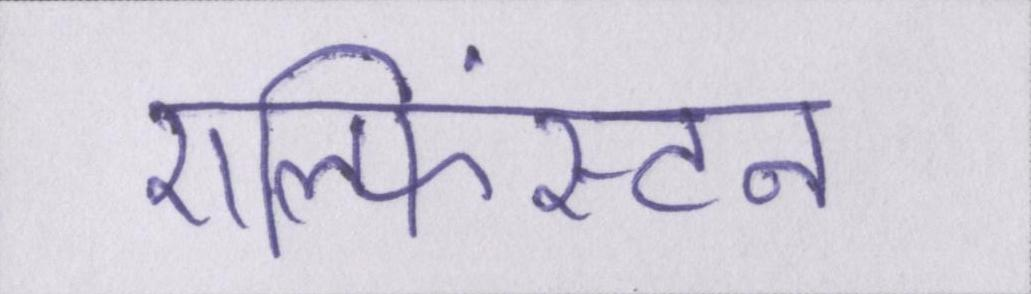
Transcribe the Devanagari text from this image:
एल्फिंस्टन